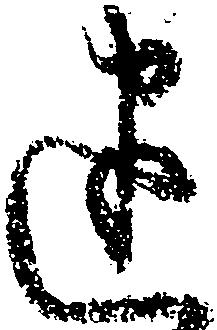
建